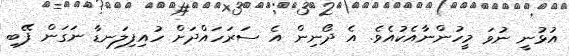
އުޅުނީ ނުވަ މީހުންނާއެކުއެވެ. އެ ދޯނިން އެ ސަރަހައްދަށް ހުއިފިލަނޑާ ނަގަން ފޭބި